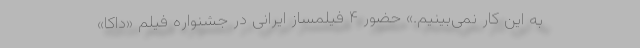
به این کار نمی‌بینیم.» حضور ۴ فیلمساز ایرانی در جشنواره فیلم «داکا»